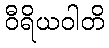
ဝီရိယဝါတိ